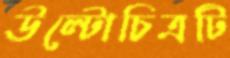
উল্টোচিত্রটি